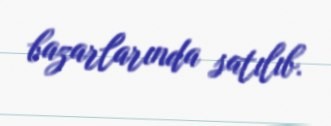
bazarlarında satılıb.